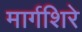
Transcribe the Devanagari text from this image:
मार्गशिरे